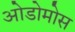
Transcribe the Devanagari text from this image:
ओडोमोस